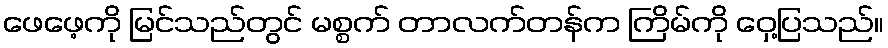
ဖေဖေ့ကို မြင်သည်တွင် မစ္စက် တာလက်တန်က ကြိမ်ကို ဝှေ့ပြသည်။